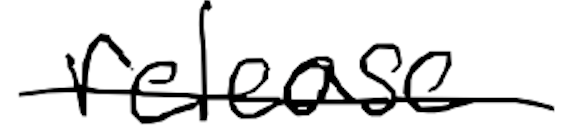
Text: release
Cross-out: single-line
Writing tool: digital_black